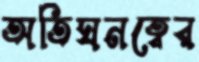
অতিঘনত্বের